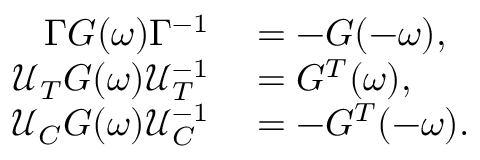
\begin{array} { r l } { \Gamma G ( \omega ) \Gamma ^ { - 1 } } & { { } = - G ( - \omega ) , } \\ { \mathcal { U } _ { T } G ( \omega ) \mathcal { U } _ { T } ^ { - 1 } } & { { } = G ^ { T } ( \omega ) , } \\ { \mathcal { U } _ { C } G ( \omega ) \mathcal { U } _ { C } ^ { - 1 } } & { { } = - G ^ { T } ( - \omega ) . } \end{array}